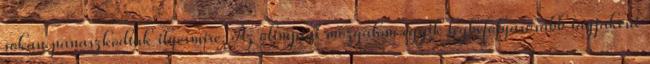
sokan panaszkodtak ilyesmire. Az olimpiai mozgalom egyik legbefolyásosabb tagjaként